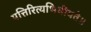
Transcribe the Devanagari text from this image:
पत्तिरित्यभिधीयते॥